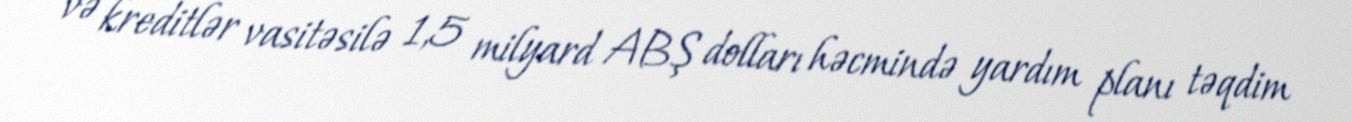
və kreditlər vasitəsilə 1,5 milyard ABŞ dolları həcmində yardım planı təqdim